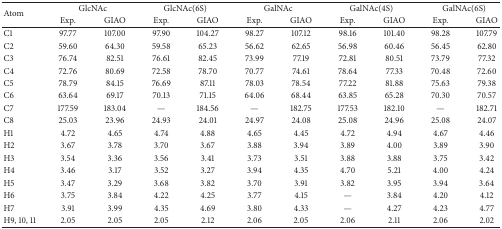
<table><thead><tr><td rowspan="2"><b>Atom </b></td><td colspan="2"><b>GlcNAc </b></td><td colspan="2"><b>GlcNAc(6S) </b></td><td colspan="2"><b>GalNAc </b></td><td colspan="2"><b>GalNAc(4S) </b></td><td colspan="2"><b>GalNAc(6S) </b></td></tr><tr><td><b>Exp. </b></td><td><b>GIAO </b></td><td><b>Exp. </b></td><td><b>GIAO </b></td><td><b>Exp. </b></td><td><b>GIAO </b></td><td><b>Exp. </b></td><td><b>GIAO </b></td><td><b>Exp. </b></td><td><b>GIAO </b></td></tr></thead><tbody><tr><td>C1</td><td>97.77</td><td>107.00</td><td>97.90</td><td>104.27</td><td>98.27</td><td>107.12</td><td>98.16</td><td>101.40</td><td>98.28</td><td>107.79</td></tr><tr><td>C2</td><td>59.60</td><td>64.30</td><td>59.58</td><td>65.23</td><td>56.62</td><td>62.65</td><td>56.98</td><td>60.46</td><td>56.45</td><td>62.80</td></tr><tr><td>C3</td><td>76.74</td><td>82.51</td><td>76.61</td><td>82.45</td><td>73.99</td><td>77.19</td><td>72.81</td><td>80.51</td><td>73.79</td><td>77.32</td></tr><tr><td>C4</td><td>72.76</td><td>80.69</td><td>72.58</td><td>78.70</td><td>70.77</td><td>74.61</td><td>78.64</td><td>77.33</td><td>70.48</td><td>72.60</td></tr><tr><td>C5</td><td>78.79</td><td>84.15</td><td>76.69</td><td>87.11</td><td>78.03</td><td>78.54</td><td>77.22</td><td>81.88</td><td>75.63</td><td>79.38</td></tr><tr><td>C6</td><td>63.64</td><td>69.17</td><td>70.13</td><td>71.15</td><td>64.06</td><td>68.44</td><td>63.85</td><td>65.28</td><td>70.30</td><td>70.57</td></tr><tr><td>C7</td><td>177.59</td><td>183.04</td><td>—</td><td>184.56</td><td>—</td><td>182.75</td><td>177.53</td><td>182.10</td><td>—</td><td>182.71</td></tr><tr><td>C8</td><td>25.03</td><td>23.96</td><td>24.93</td><td>24.01</td><td>24.97</td><td>24.08</td><td>25.08</td><td>24.96</td><td>25.08</td><td>24.07</td></tr><tr><td>H1</td><td>4.72</td><td>4.65</td><td>4.74</td><td>4.88</td><td>4.65</td><td>4.45</td><td>4.72</td><td>4.94</td><td>4.67</td><td>4.46</td></tr><tr><td>H2</td><td>3.67</td><td>3.78</td><td>3.70</td><td>3.67</td><td>3.88</td><td>3.94</td><td>3.89</td><td>4.00</td><td>3.89</td><td>3.90</td></tr><tr><td>H3</td><td>3.54</td><td>3.36</td><td>3.56</td><td>3.41</td><td>3.73</td><td>3.51</td><td>3.88</td><td>3.88</td><td>3.75</td><td>3.42</td></tr><tr><td>H4</td><td>3.46</td><td>3.17</td><td>3.52</td><td>3.27</td><td>3.94</td><td>4.35</td><td>4.70</td><td>5.21</td><td>4.00</td><td>4.24</td></tr><tr><td>H5</td><td>3.47</td><td>3.29</td><td>3.68</td><td>3.82</td><td>3.70</td><td>3.91</td><td>3.82</td><td>3.95</td><td>3.94</td><td>3.64</td></tr><tr><td>H6</td><td>3.75</td><td>3.84</td><td>4.22</td><td>4.25</td><td>3.77</td><td>4.15</td><td>—</td><td>3.84</td><td>4.20</td><td>4.12</td></tr><tr><td>H7</td><td>3.91</td><td>3.99</td><td>4.35</td><td>4.69</td><td>3.80</td><td>4.33</td><td>—</td><td>4.27</td><td>4.23</td><td>4.77</td></tr><tr><td>H9, 10, 11</td><td>2.05</td><td>2.05</td><td>2.05</td><td>2.12</td><td>2.06</td><td>2.05</td><td>2.06</td><td>2.11</td><td>2.06</td><td>2.02</td></tr></tbody></table>